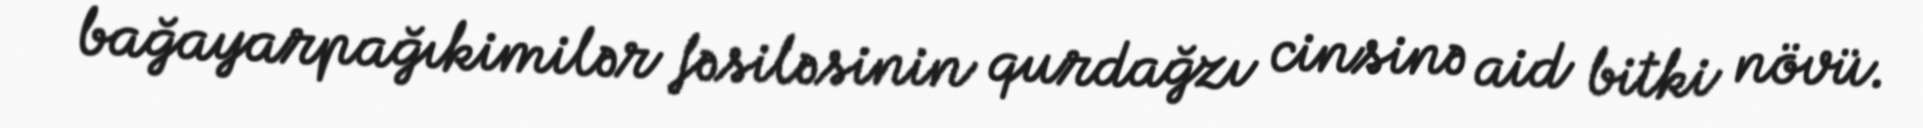
bağayarpağıkimilər fəsiləsinin qurdağzı cinsinə aid bitki növü.